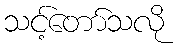
သင့်တော်သလို